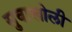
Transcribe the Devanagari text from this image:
सुवाखोली